Regulations for the medical services of the Army of India
Year: 1930
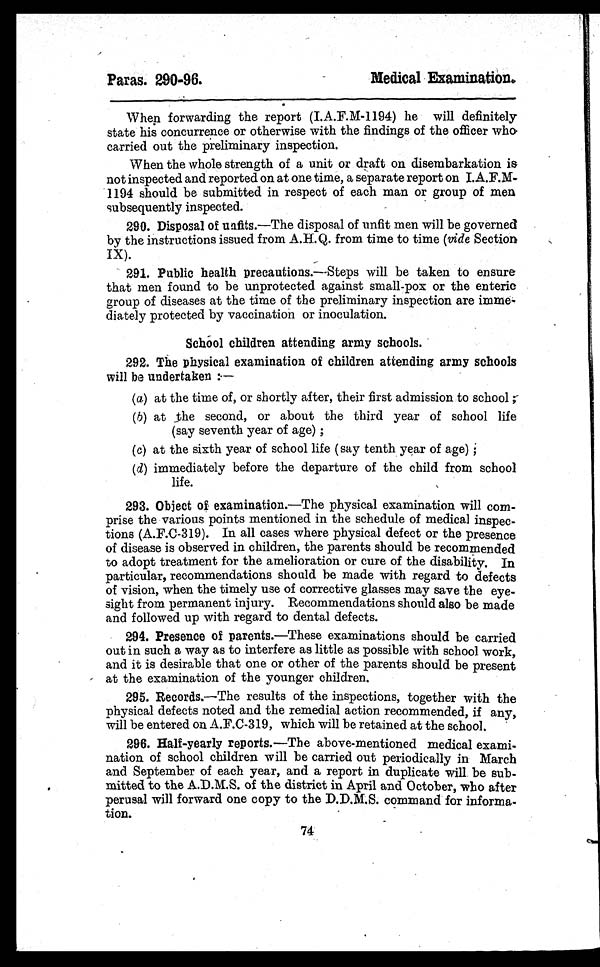
Paras. 290-96.
Medical Examination.
When forwarding the report (I.A.F.M-1194) he will definitely
state his concurrence or otherwise with the findings of the officer who
carried out the preliminary inspection.
When the whole strength of a unit or draft on disembarkation is
not inspected and reported on at one time, a separate report on I.A.F.M-
1194 should be submitted in respect of each man or group of men
subsequently inspected.
290. Disposal of unfits. —The disposal of unfit men will be governed
by the instructions issued from Q. from time to time (vide Section
IX).
291. Public health precautions .—Steps will be taken to ensure
that men found to be unprotected against small-pox or the enteric
group of diseases at the time of the preliminary inspection are imme-
diately protected by vaccination or inoculation.
School children attending army schools.
292. The physical examination of children attending army schools
will be undertaken :—
(a) at the time of, or shortly after, their first admission to school ;
(b) at the second, or about the third year of school life
(say seventh year of age) ;
(c) at the sixth year of school life ( say tenth year of age) ;
(d) immediately before the departure of the child from school
life.
293. Object of examination. —The physical examination will com-
prise the various points mentioned in the schedule of medical inspec-
tions (A.F.C-319). In all cases where physical defect or the presence
of disease is observed in children, the parents should be recommended
to adopt treatment for the amelioration or cure of the disability. In
particular, recommendations should be made with regard to defects
of vision, when the timely use of corrective glasses may save the eye-
sight from permanent injury. Recommendations should also be made
and followed up with regard to dental defects.
294. Presence of parents. —These examinations should be carried
out in such a way as to interfere as little as possible with school work,
and it is desirable that one or other of the parents should be present
at the examination of the younger children.
295. Records. —The results of the inspections, together with the
physical defects noted and the remedial action recommended, if any,
will be entered on A.F.C-319, which will be retained at the school.
296. Half-yearly reports. —The above-mentioned medical exami-
nation of school children will be carried out periodically in March
and September of each year, and a report in duplicate will be sub-
mitted to the A.D.M.S. of the district in April and October, who after
perusal will forward one copy to the D.D.M.S. command for informa-
tion.
74